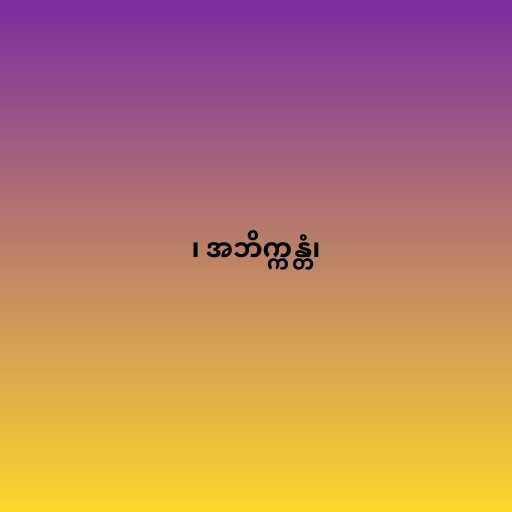
၊ အဘိက္ကန္တံ၊